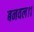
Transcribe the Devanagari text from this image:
बनवल।१